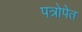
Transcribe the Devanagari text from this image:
पत्रोपेत